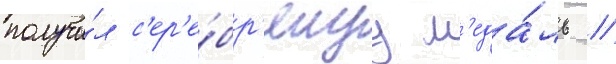
получи́л с'ер'е́бр'януу м'еда́ль //